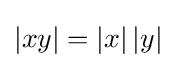
\left|xy\right|=\left|x\right|\left|y\right|